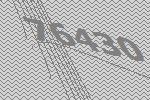
76430